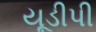
યૂડીપી